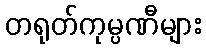
တရုတ်ကုမ္ပဏီများ